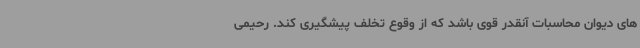
های دیوان محاسبات آنقدر قوی باشد که از وقوع تخلف پیشگیری کند. رحیمی